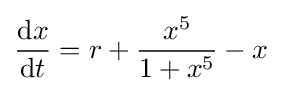
{\frac {\mathrm {d} x}{\mathrm {d} t}}=r+{\frac {x^{5}}{1+x^{5}}}-x